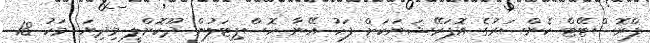
ޕްރޮސްޓޭޓް ކެންސަރުގެ އޮޕަރޭޝަނަކަށް ފަހު އޭނާ ހޮސްޕިޓަލުން ދޫކޮށްލީ މިދިޔަ މަހު 18